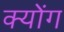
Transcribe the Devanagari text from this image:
क्योंग